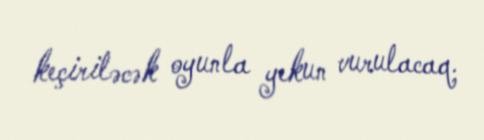
keçiriləcək oyunla yekun vurulacaq.